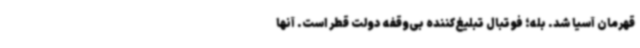
قهرمان آسیا شد. بله؛ فوتبال تبلیغ‌کننده بی‌وقفه دولت قطر است. آنها